Vaccination North-Western Provinces 1866-1877 - 1866-1877
Year: 1866
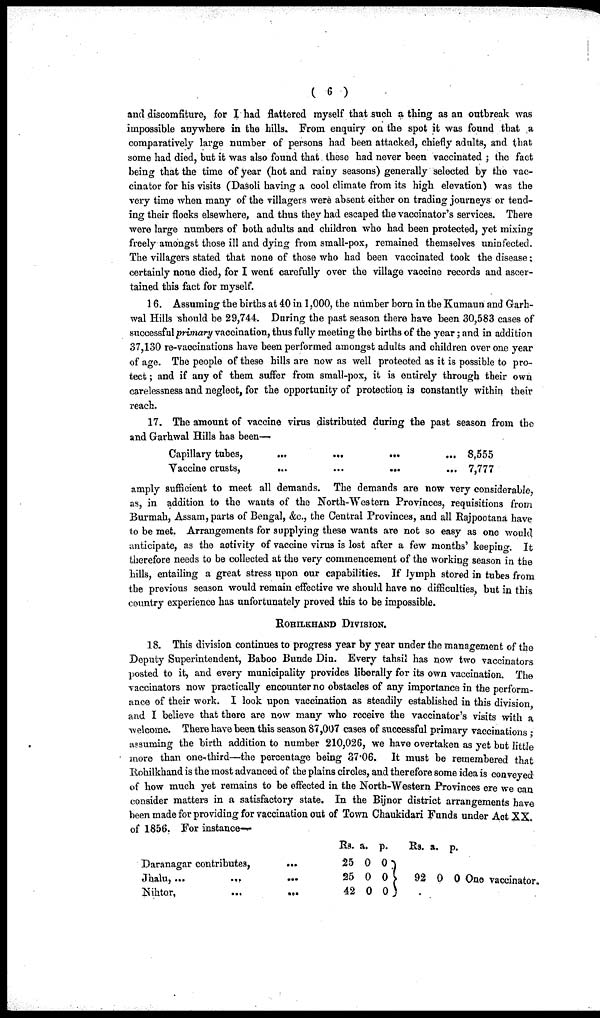
( 6 )
and discomfiture, for I had flattered myself that such a thing as an outbreak was
impossible anywhere in the hills. From enquiry on the spot it was found that a
comparatively large number of persons had been attacked, chiefly adults, and that
some had died, but it was also found that these had never been vaccinated ; the fact
being that the time of year (hot and rainy seasons) generally selected by the vac¬
cinator for his visits (Dasoli having a cool climate from its high elevation) was the
very time when many of the villagers were absent either on trading journeys or tend-
ing their flocks elsewhere, and thus they had escaped the vaccinator's services. There
were large numbers of both adults and children who had been protected, yet mixing
freely amongst those ill and dying from small-pox, remained themselves uninfected.
The villagers stated that none of those who had been vaccinated took the disease;
certainly none died, for I went carefully over the village vaccine records and ascer-
tained this fact for myself.
16. Assuming the births at 40 in 1,000, the number born in the Kumaun and Garh¬
wal Hills should be 29,744. During the past season there have been 30,583 cases of
successful primary vaccination, thus fully meeting the births of the year; and in addition
37,130 re-vaocinations have been performed amongst adults and children over one year
of age. The people of these hills are now as well protected as it is possible to pro-
tect ; and if any of them suffer from small-pox, it is entirely through their own
carelessness and neglect, for the opportunity of protection is constantly within their
reach.
17. The amount of vaccine virus distributed during the past season from the
and Garhwal Hills has been—
Capillary tubes,...
...
...
...
Vaccine crusts,
...
...
...
...
8,555
7,777
amply sufficient to meet all demands. The demands are now very considerable,
as, in addition to the wants of the North-Western Provinces, requisitions from
Burmah, Assam, parts of Bengal, &c., the Central Provinces, and all Rajpootana have
to be met. Arrangements for supplying these wants are not so easy as one would
anticipate, as the activity of vaccine virus is lost after a few months' keeping. It
therefore needs to be collected at the very commencement of the working season in the
hills, entailing a great stress upon our capabilities. If lymph stored in tubes from
the previous season would remain effective we should have no difficulties, but in this
country experience has unfortunately proved this to be impossible.
ROHILKHAND DIVISION.
18. This division continues to progress year by year under the management of the
Deputy Superintendent, Baboo Bunde Din. Every tahsil has now two vaccinators
posted to it, and every municipality provides liberally for its own vaccination. The
vaccinators now practically encounter no obstacles of any importance in the perform-
ance of their work. I look upon vaccination as steadily established in this division
and I believe that there are now many who receive the vaccinator's visits with a
welcome. There have been this season 87,007 cases of successful primary vaccinations
assuming the birth addition to number 210,026, we have overtaken as yet but little
more than one-third—the percentage being 37.06. It must be remembered that
Rohilkhand is the most advanced of the plains circles, and therefore some idea is conveyed
of how much yet remains to be effected in the North-Western Provinces ere we can
consider matters in a satisfactory state. In the Bijnor district arrangements have
been made for providing for vaccination out of Town Chaukidari Funds under Act XX.
of 1856. For instance—
Daranagar contributes,
...
Jhalu, ...
...
...
Nihtor,
...
...
Rs.
25
25
42
a.
0
0
0
p.
0
0
0
Rs.
92
a.
0
p.
0 One vaccinator.